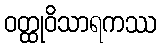
ဝတ္ထုဝိသာရကဿ